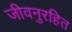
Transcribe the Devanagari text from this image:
जीवनुरहित